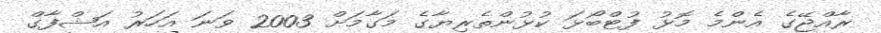
ރާއްޖޭގެ އެންމެ މޮޅު ފުޓްބޯޅަ ކުޅުންތެރިޔާގެ މަގާމަށް 2003 ވަނަ އަހަރު އަޝްފާގް